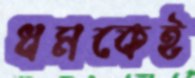
ধমকেই